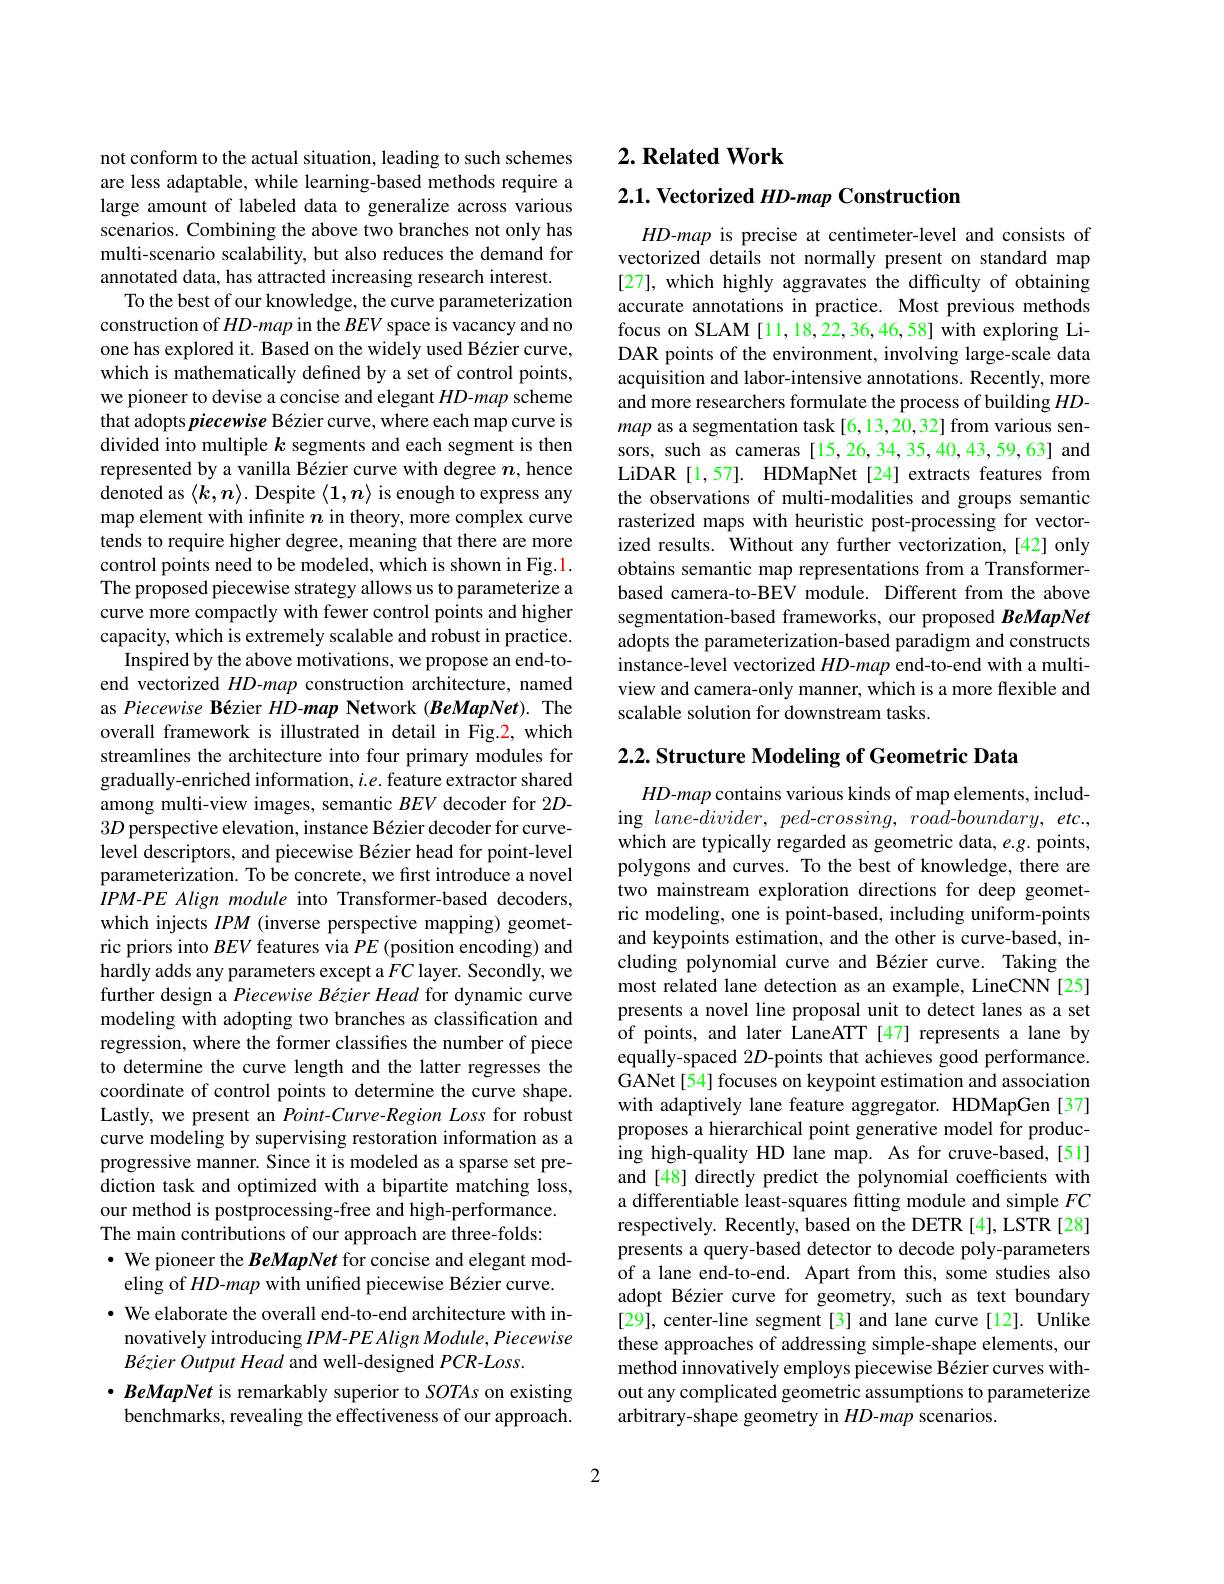
not conform to the actual situation, leading to such schemes are less adaptable, while learning-based methods require a large amount of labeled data to generalize across various scenarios. Combining the above two branches not only has multi-scenario scalability, but also reduces the demand for annotated data, has attracted increasing research interest.
To the best of our knowledge, the curve parameterization construction of $HD$-map in the $BEV$ space is vacancy and no one has explored it. Based on the widely used Bézier curve, which is mathematically defined by a set of control points, we pioneer to devise a concise and elegant $HD$-map scheme that adopts piecewise Bézier curve, where each map curve is divided into multiple $k$ segments and each segment is then represented by a vanilla Bézier curve with degree $n$, hence denoted as $\langle k,n\rangle$. Despite $\langle1,n\rangle$ is enough to express any map element with infinite $n$ in theory, more complex curve tends to require higher degree, meaning that there are more control points need to be modeled, which is shown in Fig.1. The proposed piecewise strategy allows us to parameterize a curve more compactly with fewer control points and higher capacity, which is extremely scalable and robust in practice.
Inspired by the above motivations, we propose an end-toend vectorized $HD$-map construction architecture, named as Piecewise Bézier $HD$-map Network (BeMapNet). The overall framework is illustrated in detail in Fig.2, which streamlines the architecture into four primary modules for gradually-enriched information, $i.e.$ feature extractor shared among multi-view images, semantic $BEV$ decoder for 2D- $3D$ perspective elevation, instance Bézier decoder for curvelevel descriptors, and piecewise Bézier head for point-level parameterization. To be concrete, we first introduce a novel $IPM-PEAlign$ module into Transformer-based decoders, which injects $IPM$ (inverse perspective mapping) geometric priors into $BEV$ features via $PE$ (position encoding) and hardly adds any parameters except a $FC$ layer. Secondly, we further design a Piecewise Bézier Head for dynamic curve modeling with adopting two branches as classification and regression, where the former classifies the number of piece to determine the curve length and the latter regresses the coordinate of control points to determine the curve shape. Lastly, we present an Point-Curve-Region Loss for robust curve modeling by supervising restoration information as a progressive manner. Since it is modeled as a sparse set prediction task and optimized with a bipartite matching loss, our method is postprocessing-free and high-performance. The main contributions of our approach are three-folds: $\cdot$ We pioneer the BeMapNet for concise and elegant modeling of $HD$-map with unified piecewise Bézier curve. · We elaborate the overall end-to-end architecture with innovatively introducing $IPM-PEAlignModule,Piecewise$ Bézier Output Head and well-designed PCR-Loss.
$\cdot \textit{BeMapNet is remarkably superior to SOTAs on existing}$
benchmarks, revealing the effectiveness of our approach.

## $2. \textbf{Related Work}$

2.1. Vectorized $HD-map$ Construction

$HD$-map is precise at centimeter-level and consists of vectorized details not normally present on standard map [27], which highly aggravates the difficulty of obtaining accurate annotations in practice. Most previous methods focus on SLAM [11,18,22,36,46,58] with exploring LiDAR points of the environment, involving large-scale data acquisition and labor-intensive annotations. Recently, more and more researchers formulate the process of building $HD$- map as a segmentation task [6,13,20,32] from various sensors, such as cameras [15,26,34,35,40,43,59,63] and LiDAR [1,57]. HDMapNet [24] extracts features from the observations of multi-modalities and groups semantic rasterized maps with heuristic post-processing for vectorized results. Without any further vectorization,[42] only obtains semantic map representations from a Transformerbased camera-to-BEV module. Different from the above segmentation-based frameworks, our proposed BeMapNet adopts the parameterization-based paradigm and constructs instance-level vectorized $HD$-map end-to-end with a multiview and camera-only manner, which is a more flexible and scalable solution for downstream tasks.

$2. 2. \textbf{Structure Modeling of Geometric Data}$

HD-map contains various kinds of map elements, including $lane-divider,ped-crossing,road-boundary,etc.$, which are typically regarded as geometric data, e.g. points, polygons and curves. To the best of knowledge, there are two mainstream exploration directions for deep geometric modeling, one is point-based, including uniform-points and keypoints estimation, and the other is curve-based, including polynomial curve and Bézier curve. Taking the most related lane detection as an example, LineCNN [25] presents a novel line proposal unit to detect lanes as a set of points, and later LaneATT [47] represents a lane by equally-spaced 2D-points that achieves good performance. GANet[54] focuses on keypoint estimation and association with adaptively lane feature aggregator. HDMapGen[37] proposes a hierarchical point generative model for producing high-quality HD lane map. As for cruve-based,[51] and [48] directly predict the polynomial coefficients with a differentiable least-squares fitting module and simple $FC$ respectively. Recently, based on the DETR [4], LSTR [28] presents a query-based detector to decode poly-parameters of a lane end-to-end. Apart from this, some studies also adopt Bézier curve for geometry, such as text boundary [29], center-line segment [3] and lane curve [12]. Unlike these approaches of addressing simple-shape elements, our method innovatively employs piecewise Bézier curves without any complicated geometric assumptions to parameterize arbitrary-shape geometry in $HD$-map scenarios.

2